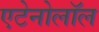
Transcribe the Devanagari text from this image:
एटेनोलॉल